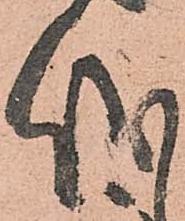
儀